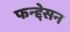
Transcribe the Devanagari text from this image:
फन्द्देसन